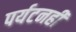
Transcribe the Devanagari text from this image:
पर्यटनही